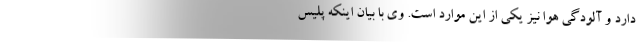
دارد و آلودگی هوا نیز یکی از این موارد است. وی با بیان اینکه پلیس